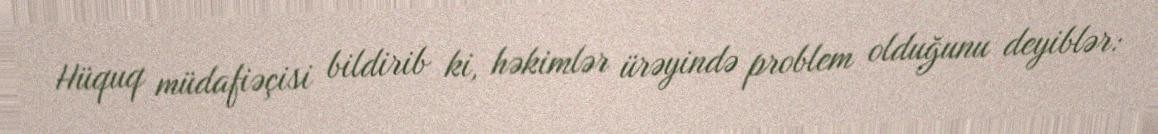
Hüquq müdafiəçisi bildirib ki, həkimlər ürəyində problem olduğunu deyiblər: